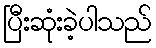
ပြီးဆုံးခဲ့ပါသည်